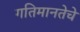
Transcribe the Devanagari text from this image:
गतिमानतेचे